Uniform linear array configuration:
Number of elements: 48
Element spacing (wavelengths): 0.5
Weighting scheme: hann
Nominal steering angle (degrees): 60
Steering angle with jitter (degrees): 61.362
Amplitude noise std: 0.05
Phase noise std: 0.05

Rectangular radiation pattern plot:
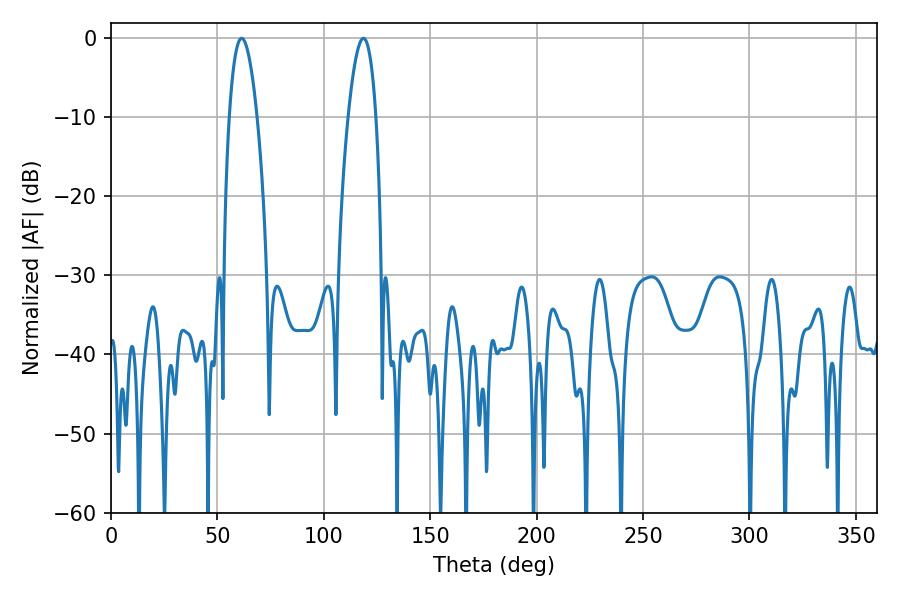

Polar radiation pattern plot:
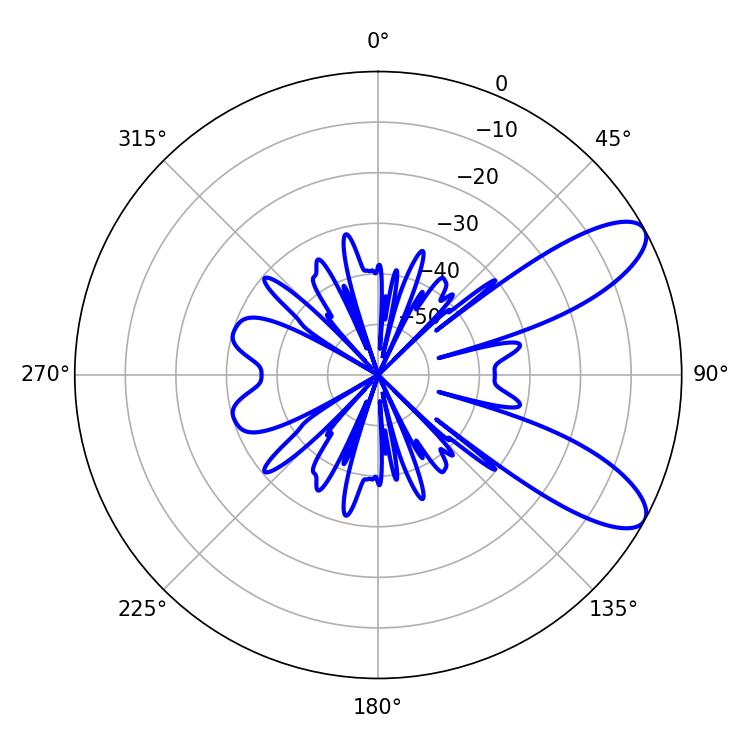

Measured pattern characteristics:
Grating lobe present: FALSE
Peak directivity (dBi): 9.253
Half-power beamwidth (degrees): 7.2
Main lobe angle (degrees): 61.38